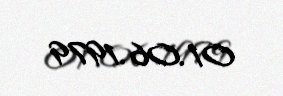
01.06.1979